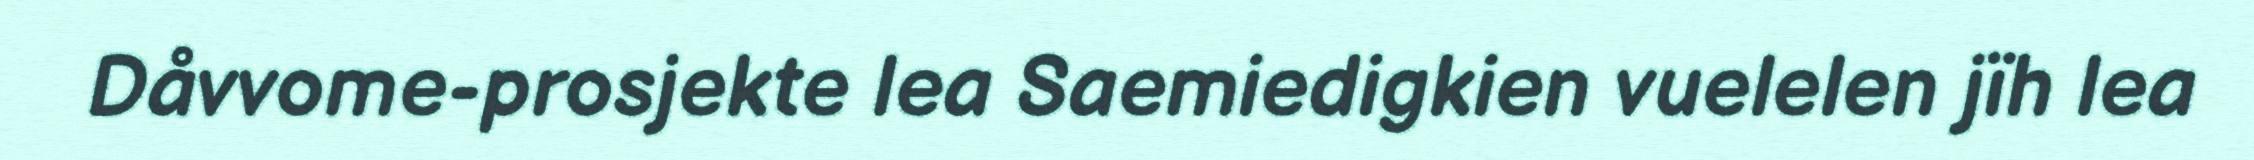
Dåvvome-prosjekte lea Saemiedigkien vuelelen jïh lea